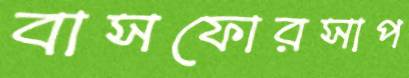
বাসফোরসাপ